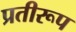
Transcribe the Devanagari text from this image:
प्रतीरूप